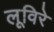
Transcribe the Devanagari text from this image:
लूविरे